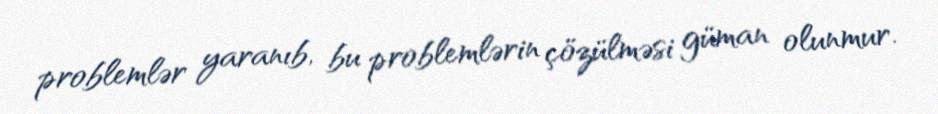
problemlər yaranıb, bu problemlərin çözülməsi güman olunmur.